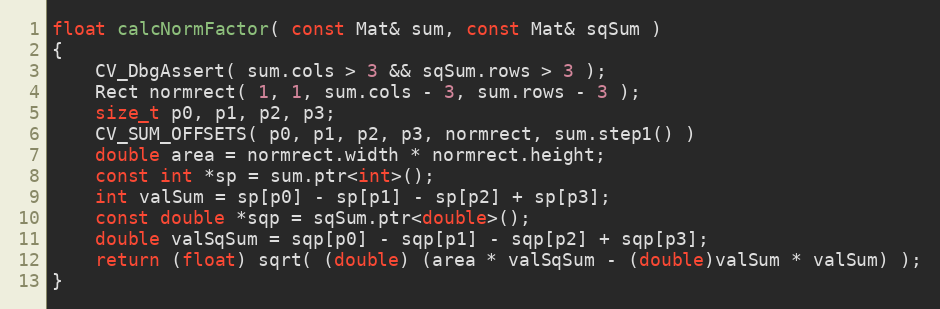
Language: C++
float calcNormFactor( const Mat& sum, const Mat& sqSum )
{
    CV_DbgAssert( sum.cols > 3 && sqSum.rows > 3 );
    Rect normrect( 1, 1, sum.cols - 3, sum.rows - 3 );
    size_t p0, p1, p2, p3;
    CV_SUM_OFFSETS( p0, p1, p2, p3, normrect, sum.step1() )
    double area = normrect.width * normrect.height;
    const int *sp = sum.ptr<int>();
    int valSum = sp[p0] - sp[p1] - sp[p2] + sp[p3];
    const double *sqp = sqSum.ptr<double>();
    double valSqSum = sqp[p0] - sqp[p1] - sqp[p2] + sqp[p3];
    return (float) sqrt( (double) (area * valSqSum - (double)valSum * valSum) );
}